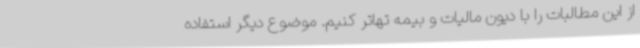
از این مطالبات را با دیون مالیات و بیمه تهاتر کنیم. موضوع دیگر استفاده